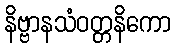
နိဗ္ဗာနသံဝတ္တနိကော